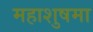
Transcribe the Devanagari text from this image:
महाशुषमा